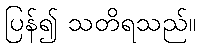
ပြန်၍ သတိရသည်။